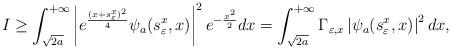
LaTeX: \begin{align*}I\geq \int_{\sqrt{2a}}^{+\infty} \left| e^{\frac{(x+s_\varepsilon^x)^2}{4}}\psi_a(s_\varepsilon^x,x)\right|^2 e^{-\frac{x^2}{2}}dx= \int_{\sqrt{2a}}^{+\infty} \Gamma_{\varepsilon,x} \left|\psi_a(s_\varepsilon^x,x) \right|^2 dx,\end{align*}